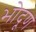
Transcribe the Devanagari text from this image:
भोदूण